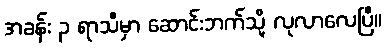
အခန်း ၃ ရာသီမှာ ဆောင်းဘက်သို့ လုလာလေပြီ။